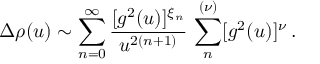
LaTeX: \Delta \rho ( u ) \sim \sum _ { n = 0 } ^ { \infty } \frac { [ g ^ { 2 } ( u ) ] ^ { \xi _ { n } } } { u ^ { 2 ( n + 1 ) } } \, \sum _ { n } ^ { ( \nu ) } [ g ^ { 2 } ( u ) ] ^ { \nu } \, .